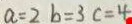
a = 2 b = 3 c = 4